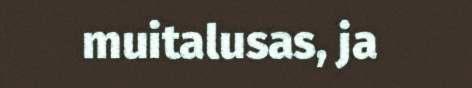
muitalusas, ja